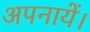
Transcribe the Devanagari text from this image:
अपनायें।